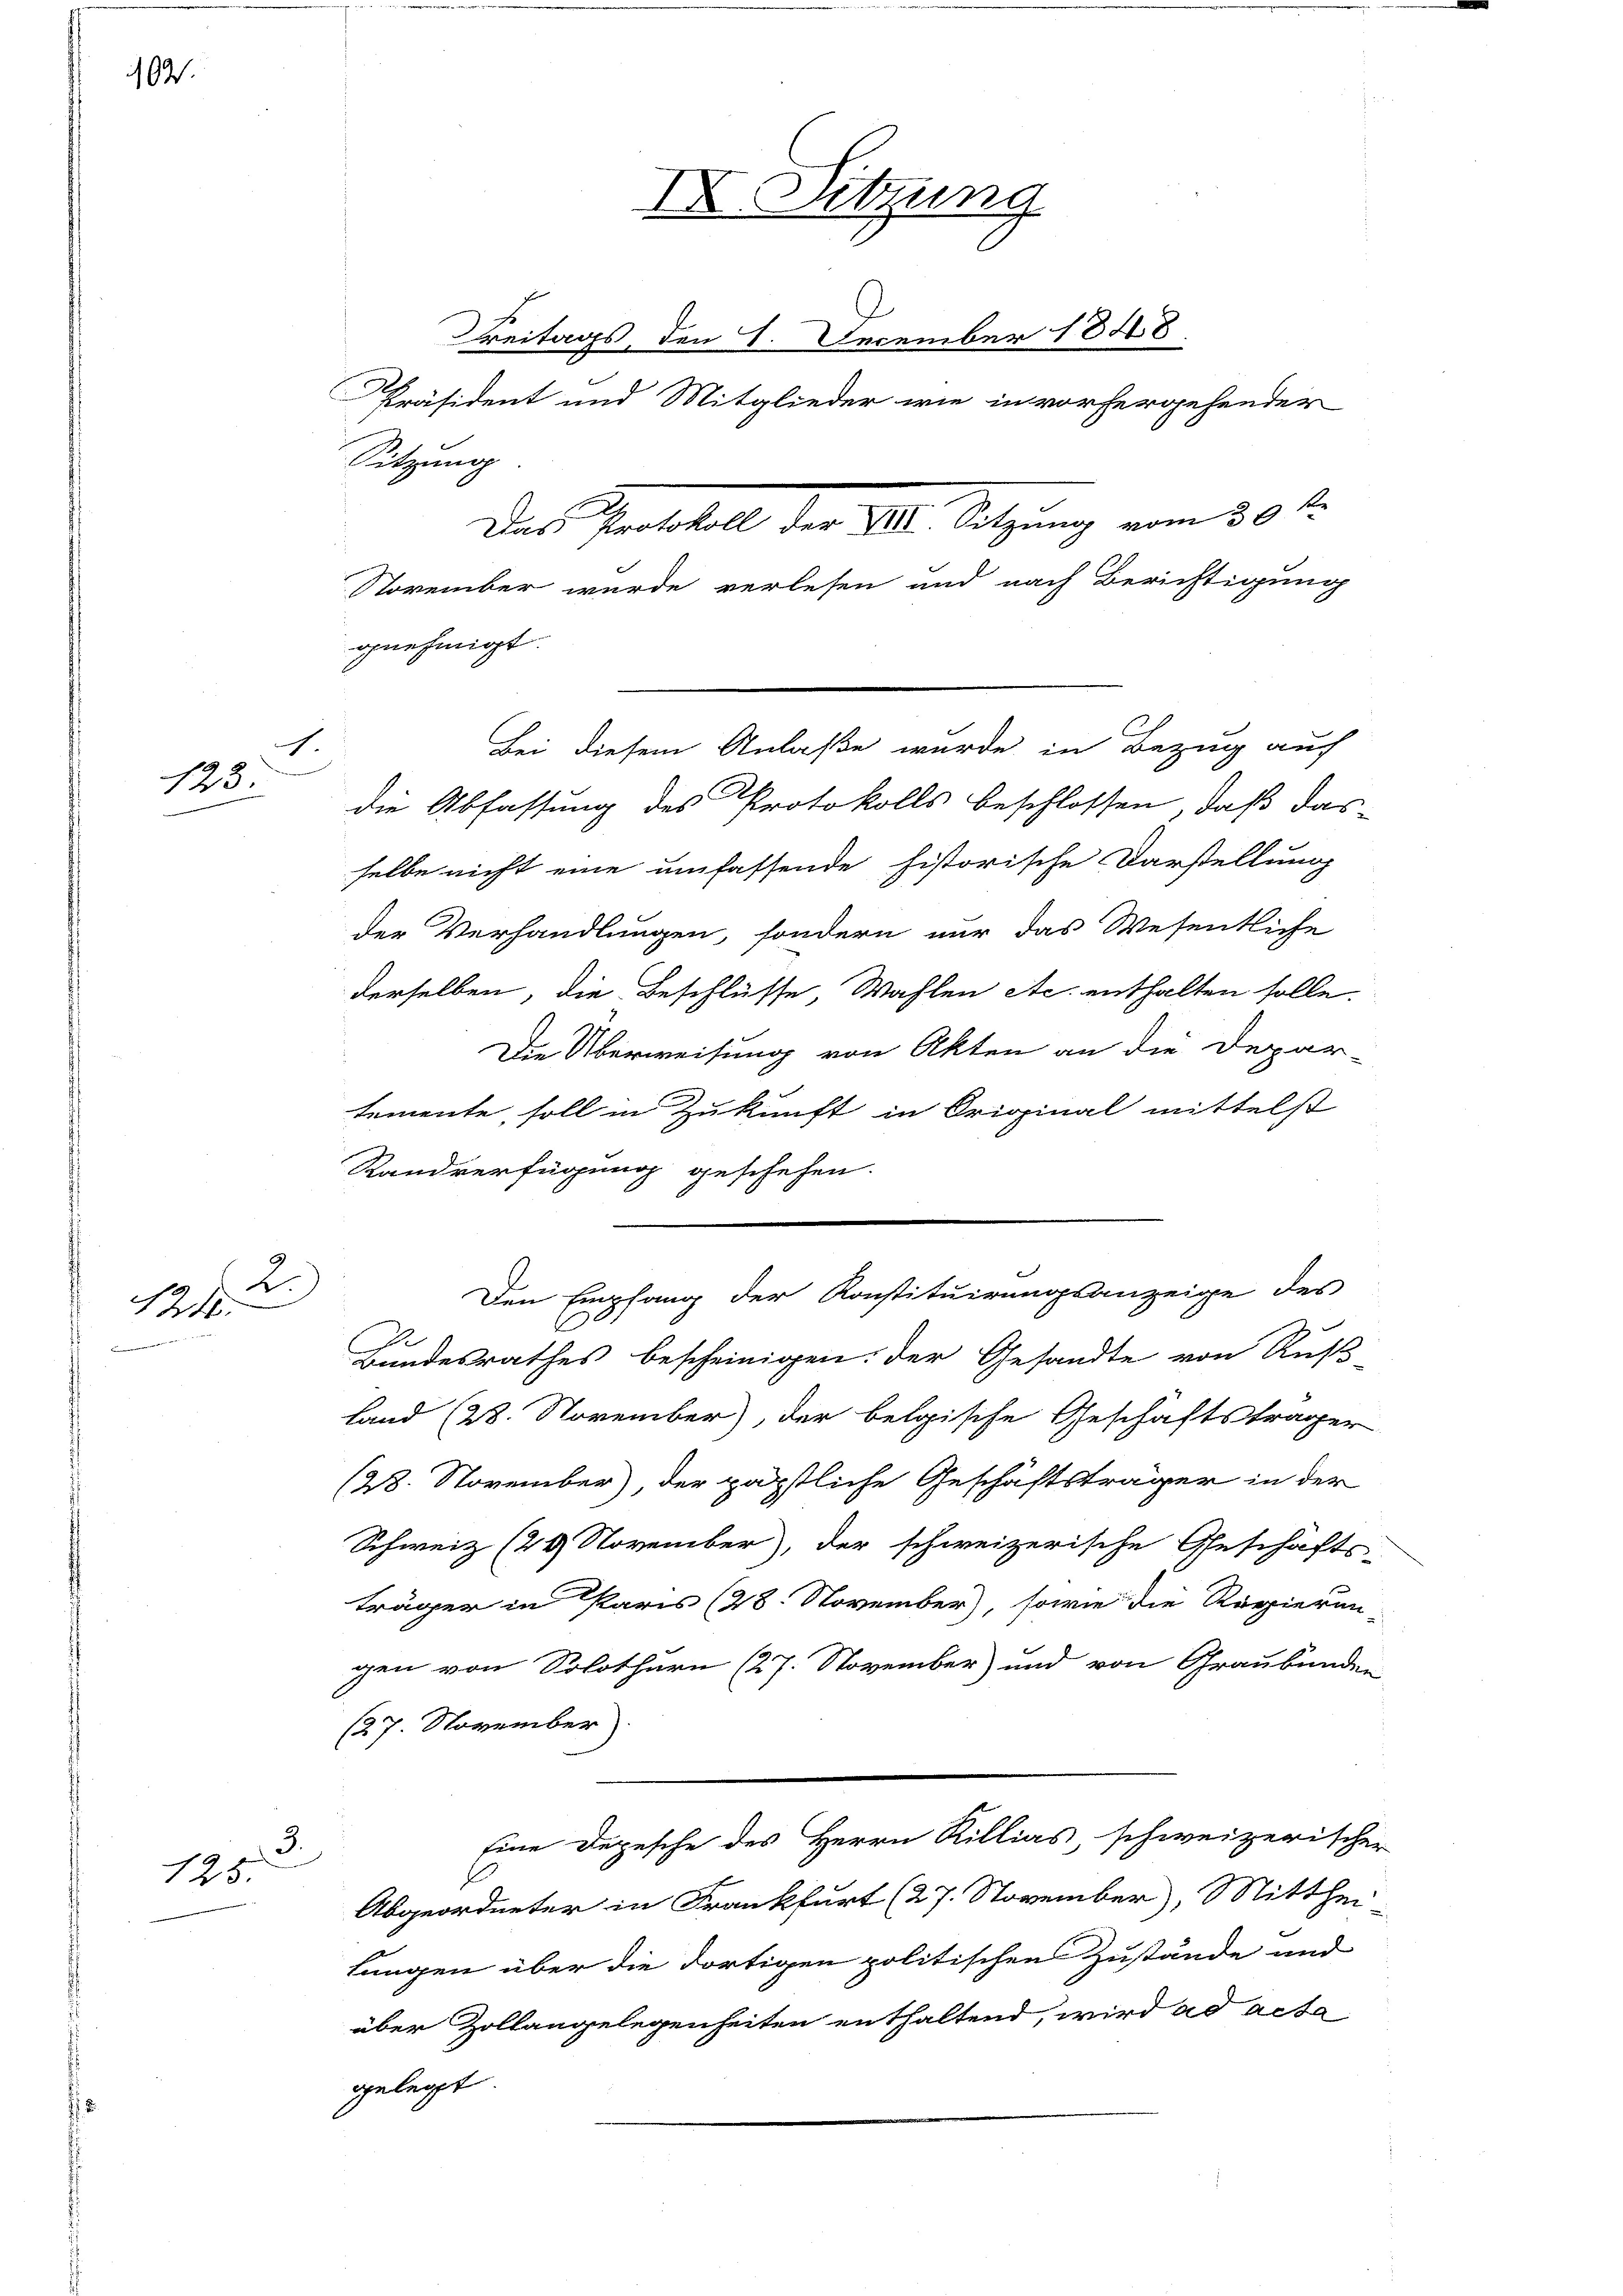
102.

c
193

2.
121
.

3.
125.

gnehmigt.

IV. Sitzung
Präsident und Mitglieder wie in vorhergehender
Sitzung
Das Protokoll der 30. Sitzung am 30.
November wurde verlesen und nach Berichtigung

Bei diesem Anlaße wurde in Bezug auf
die Abfassung des Protokolls beschlossen, daß das
selbe nicht eine umfassende historische Darstellung
der Verhandlungen, sondern nur das Wesentliche
derselben, die Beschlüsse, Wahlen etc. enthalten solle.
Die Überweisung von Akten an die Depar-
temente, soll in Zukunft in Original mittelst
Randverfügung geschehen.
Bundesrathes bescheinigen. Der Gesandte von Ruß-
Land (28. November), der belgische Geschäftsträger
128. November), der päpstliche Geschäftsträger in der
Schweiz (24 November, der schweizerische Geschäfts-
träger in Paris (28. November), sowie die Regierun-
gen von Solothurn (27. November und von Graubünden
(27. November.
Eine Depesche des Herrn Rillias, schweizerischer
E
Abgeordneter in Frankfurt (27. November, Mitthei
lungen über die dortigen politischen Zustände und
über Zollangelegenheiten enthaltend, wird ad acta
gelegt

Breitags, den 1. December 1848

Den Empfang der Konstituirungsanzeige des